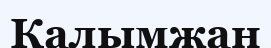
Калымжан